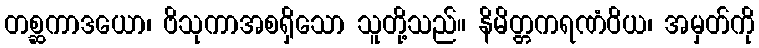
တစ္ဆကာဒယော၊ ဗိသုကာအစရှိသော သူတို့သည်။ နိမိတ္တကရဏံဝိယ၊ အမှတ်ကို